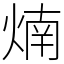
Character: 煵